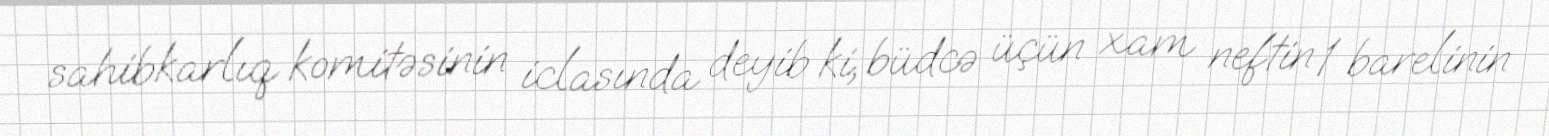
sahibkarlıq komitəsinin iclasında deyib ki, büdcə üçün xam neftin 1 barelinin